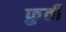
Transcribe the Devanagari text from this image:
फ़ुर्ती